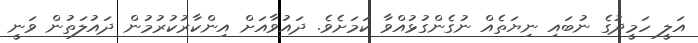
އަލީ ހަމީދުގެ ނުބައި ނިޔަތެއް ނުގެންގުޅުއްވާ ކަމަށެވެ. ދައުވާއަށް އިންކާރުކުރުމުން ދައުލަތުން ވަނީ